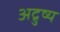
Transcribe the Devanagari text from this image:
अद्रुष्य